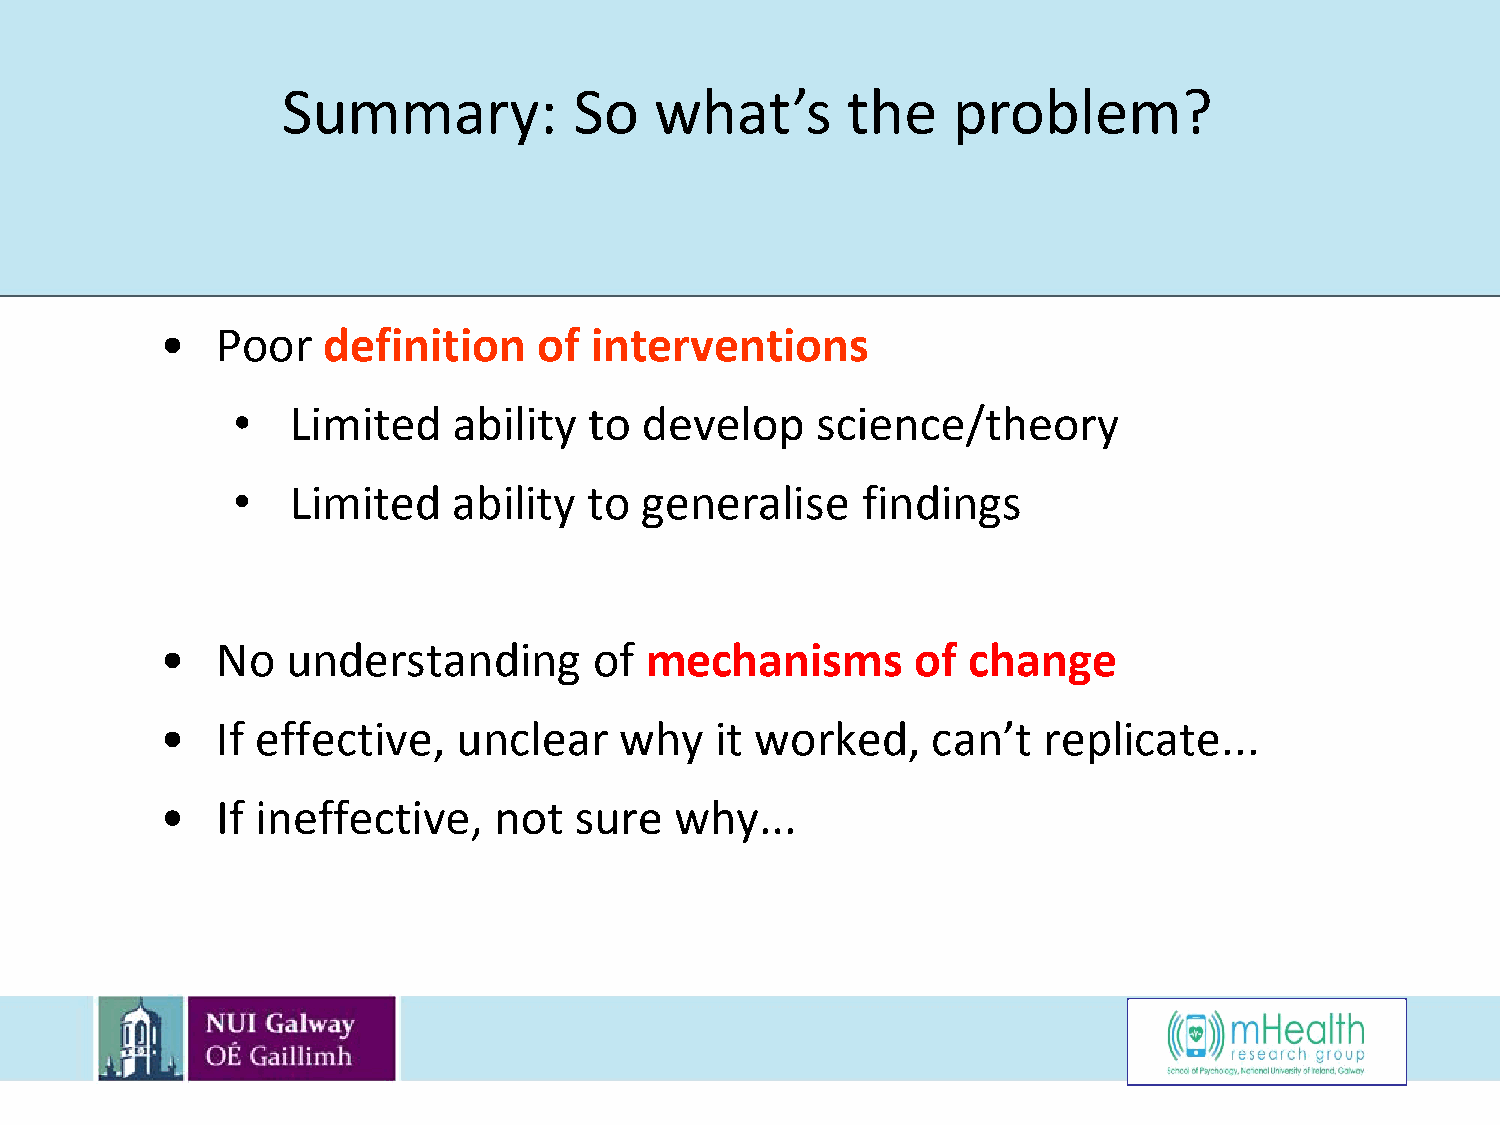
Summary:           So   what’s       the    problem?
 •  Poor   definition     of interventions
 •   Limited    ability  to develop     science/theory
 •   Limited    ability  to generalise     findings
 •  No   understanding       of  mechanisms        of change
 •  If effective,   unclear    why   it worked,     can’t  replicate...
 •  If ineffective,    not  sure   why...